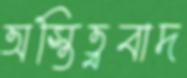
অস্তিত্ববাদ